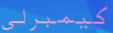
كيمبرلي